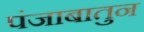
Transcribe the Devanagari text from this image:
पंजाबातुन